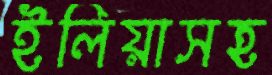
ইলিয়াসহ